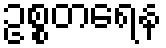
ဥစ္စတရေန